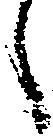
候